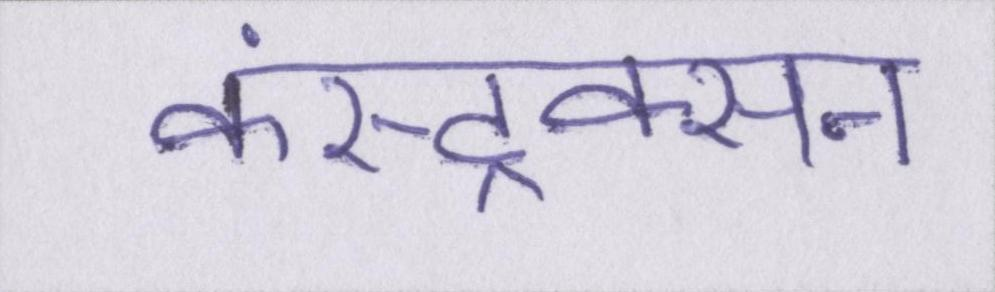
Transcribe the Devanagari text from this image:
कंस्ट्रक्सन